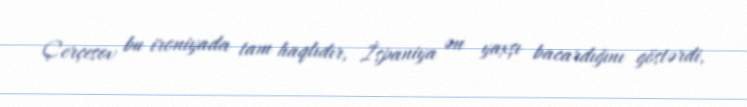
Çerçesov bu ironiyada tam haqlıdır, İspaniya ən yaxşı bacardığını göstərdi,